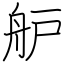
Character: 舮